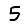
Digit: 5